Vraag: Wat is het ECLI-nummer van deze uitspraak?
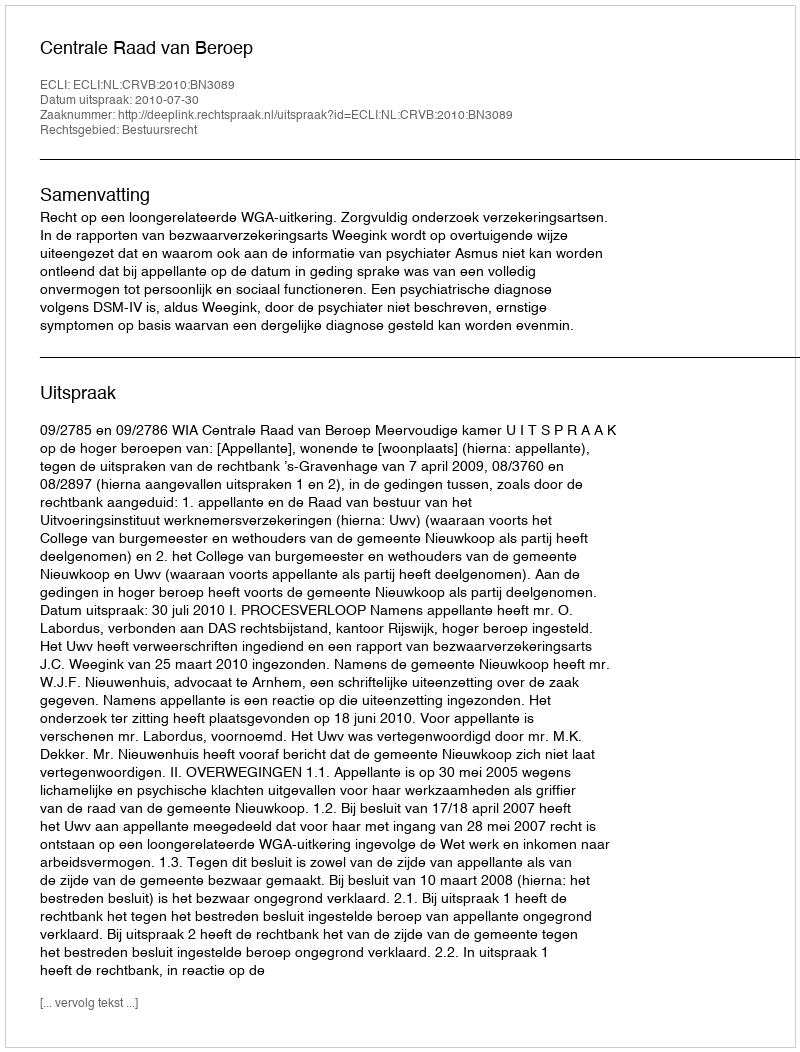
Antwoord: ECLI:NL:CRVB:2010:BN3089